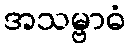
အသမ္ဗာဓံ